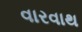
વારવાથ